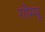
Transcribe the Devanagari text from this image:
गोम्‍पू